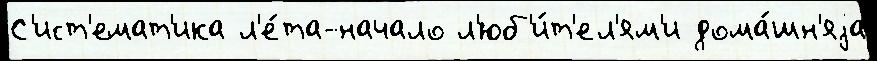
С'ист'емат'ика л'е́та-начало л'юб'и́т'ел'ям'и дома́шн'яjа